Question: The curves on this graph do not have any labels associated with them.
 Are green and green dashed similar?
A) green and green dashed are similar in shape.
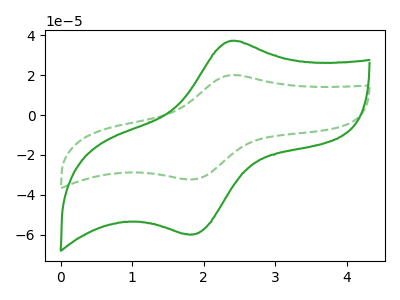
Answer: <think>The green curve "green" has an anodic peak at (2.40V, 37.20uA) and a cathodic peak at (1.80V, -59.80uA). The green dashed curve "green dashed" has an anodic peak at (2.40V, 20.05uA) and a cathodic peak at (1.80V, -32.20uA).
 All the peaks in "green" have a peak in "green dashed" at the same potential. Every peak in "green" is higher than every peak in "green dashed".</think>
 <answer>A) "green" and "green dashed" are similar in shape.</answer>
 <eval>A</eval>